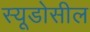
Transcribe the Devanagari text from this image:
स्यूडोसील